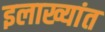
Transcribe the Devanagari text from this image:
इलाख्यांत